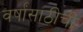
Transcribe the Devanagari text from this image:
वर्षांसाठीची